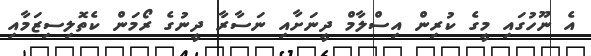
އެ ނޫހުގައި މީގެ ކުރިން އިސްލާމް ދީނަށާއި ނަސާރާ ދީނުގެ ރޯމަން ކެތޮލިސިޒަމާއި